Indian journal of veterinary science and animal husbandry - Volume 9,
Year: 1939
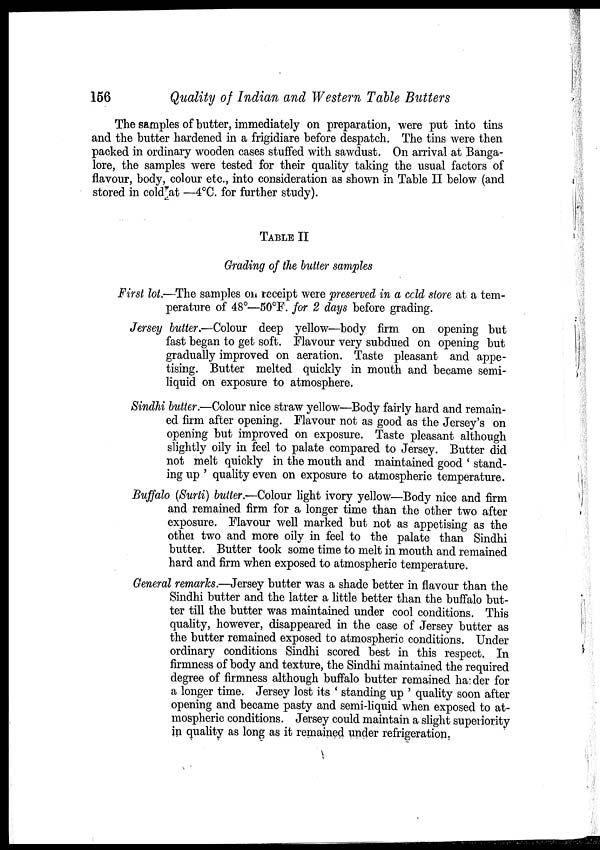
156
Quality of Indian and Western Table Butters
The samples of butter, immediately on preparation, were put into tins
and the butter hardened in a frigidiare before despatch. The tins were then
packed in ordinary wooden cases stuffed with sawdust. On arrival at Banga-
lore, the samples were tested for their quality taking the usual factors of
flavour, body, colour etc., into consideration as shown in Table II below (and
stored in cold at —4°C. for further study).
TABLE II
Grading of the butter samples
First lot.—The samples on receipt were preserved in a cold store at a tem-
perature of 48°—50°F. for 2 days before grading.
Jersey butter.—Colour deep yellow—body firm on opening but
fast began to get soft. Flavour very subdued on opening but
gradually improved on aeration. Taste pleasant and appe-
tising. Butter melted quickly in mouth and became semi.
liquid on exposure to atmosphere.
Sindhi butter.—Colour nice straw yellow—Body fairly hard and remain-
ed firm after opening. Flavour not as good as the Jersey's on
opening but improved on exposure. Taste pleasant although
slightly oily in feel to palate compared to Jersey. Butter did
not melt quickly in the mouth and maintained good ' stand-
ing up ' quality even on exposure to atmospheric temperature.
Buffalo (Surti) butter.—Colour light ivory yellow—Body nice and firm
and remained firm for a longer time than the other two after
exposure. Flavour well marked but not as appetising as the
other two and more oily in feel to the palate than Sindhi
butter. Butter took some time to melt in mouth and remained
hard and firm when exposed to atmospheric temperature.
General remarks.—Jersey butter was a shade better in flavour than the
Sindhi butter and the latter a little better than the buffalo but-
ter till the butter was maintained under cool conditions. This
quality, however, disappeared in the case of Jersey butter as
the butter remained exposed to atmospheric conditions. Under
ordinary conditions Sindhi scored best in this respect. In
firmness of body and texture, the Sindhi maintained the required
degree of firmness although buffalo butter remained harder for
a longer time. Jersey lost its ' standing up ' quality soon after
opening and became pasty and semi-liquid when exposed to at-
mospheric conditions. Jersey could maintain a slight superiority
in quality as long as it remained under refrigeration.